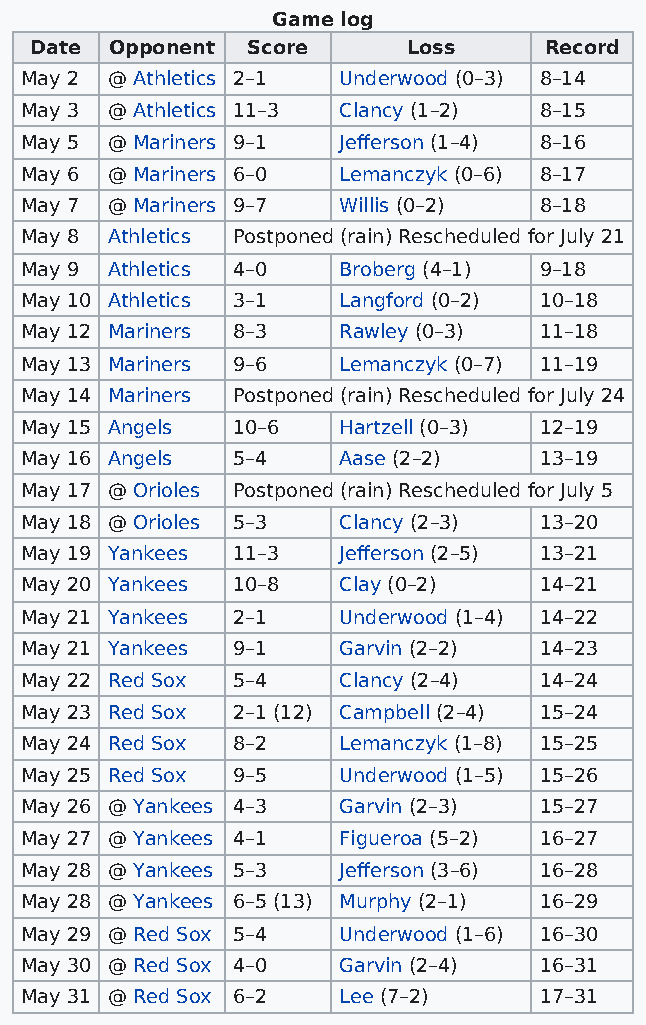
Game log
 Date Opponent Score      Loss     Record
 May 2 @ Athletics 2–1 Underwood (0–3) 8–14
 May 3 @ Athletics 11–3 Clancy (1–2) 8–15
 May 5 @ Mariners 9–1 Jefferson (1–4) 8–16
 May 6 @ Mariners 6–0 Lemanczyk (0–6) 8–17
 May 7 @ Mariners 9–7 Willis (0–2)  8–18
 May 8 Athletics Postponed (rain) Rescheduled for July 21
 May 9 Athletics 4–0  Broberg (4–1) 9–18
 May 10 Athletics 3–1 Langford (0–2) 10–18
 May 12 Mariners 8–3  Rawley (0–3)  11–18
 May 13 Mariners 9–6  Lemanczyk (0–7) 11–19
 May 14 Mariners Postponed (rain) Rescheduled for July 24
 May 15 Angels 10–6   Hartzell (0–3) 12–19
 May 16 Angels 5–4    Aase (2–2)    13–19
 May 17 @ Orioles Postponed (rain) Rescheduled for July 5
 May 18 @ Orioles 5–3 Clancy (2–3)  13–20
 May 19 Yankees 11–3  Jefferson (2–5) 13–21
 May 20 Yankees 10–8  Clay (0–2)    14–21
 May 21 Yankees 2–1   Underwood (1–4) 14–22
 May 21 Yankees 9–1   Garvin (2–2)  14–23
 May 22 Red Sox 5–4   Clancy (2–4)  14–24
 May 23 Red Sox 2–1 (12) Campbell (2–4) 15–24
 May 24 Red Sox 8–2   Lemanczyk (1–8) 15–25
 May 25 Red Sox 9–5   Underwood (1–5) 15–26
 May 26 @ Yankees 4–3 Garvin (2–3)  15–27
 May 27 @ Yankees 4–1 Figueroa (5–2) 16–27
 May 28 @ Yankees 5–3 Jefferson (3–6) 16–28
 May 28 @ Yankees 6–5 (13) Murphy (2–1) 16–29
 May 29 @ Red Sox 5–4 Underwood (1–6) 16–30
 May 30 @ Red Sox 4–0 Garvin (2–4)  16–31
 May 31 @ Red Sox 6–2 Lee (7–2)     17–31